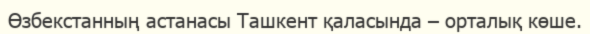
Өзбекстанның астанасы Ташкент қаласында – орталық көше.